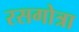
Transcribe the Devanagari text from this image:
रसगोत्रा